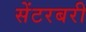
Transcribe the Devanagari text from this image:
सेंटरबरी